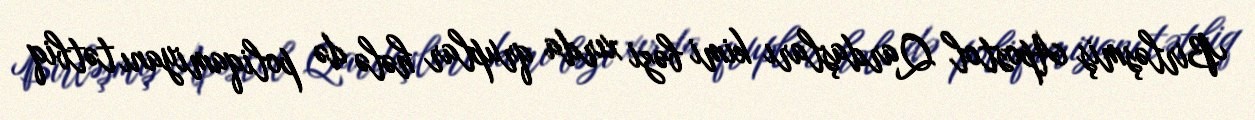
Birləşmiş Apostol Qardaşları kimi bəzi xırda qruplar hələ də poliqamiyanı tətbiq